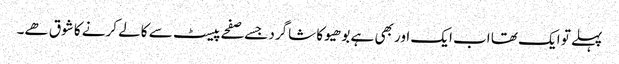
پہلے تو ایک تھا اب ایک اور بھی ہے بوھیو کا شاگرد جسے صفحے پیسٹ سے کالے کرنے کا شوق ھے۔